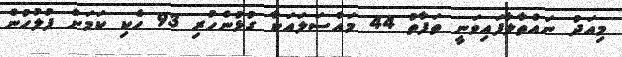
މިއަދު ނައްތާލާފައިވަނީ ތަފާތު 44 މައްސަލައަކާ ގުޅުންހުރި 93 ހެކި ކަމަށް ފުލުހުން